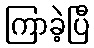
ကြာခဲ့ပြီ